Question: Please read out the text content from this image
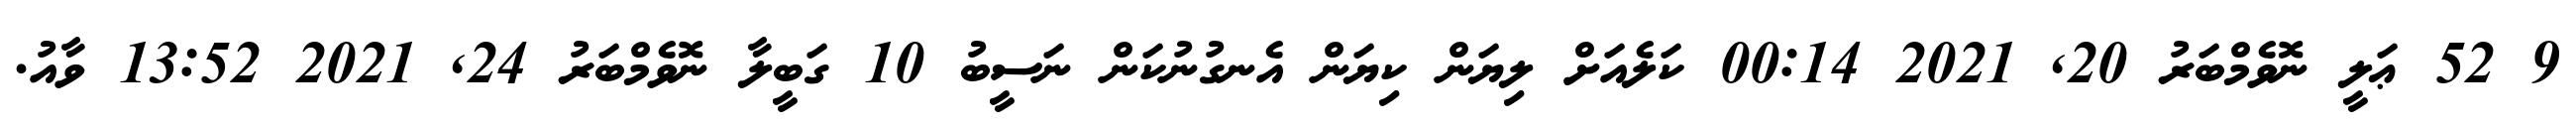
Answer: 9 52 ޢަލީ ނޮވެމްބަރު 20, 2021 00:14 ކަލެއަށް ލިޔަން ކިޔަން އެނގުނުކަން ނަސީބު 10 ގަބީލާ ނޮވެމްބަރު 24, 2021 13:52 ވާއު.